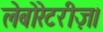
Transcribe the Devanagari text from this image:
लेबोरेटरीज़।